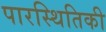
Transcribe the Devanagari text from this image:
पारस्थितिकी